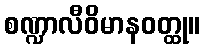
စဏ္ဍာလီဝိမာနဝတ္ထု။